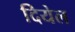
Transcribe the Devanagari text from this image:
दियेल